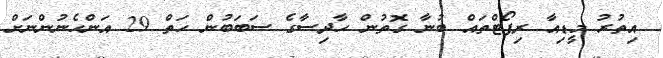
އިތުރު މީޑިއާ ރިޕޯޓްތައް ބުނާ ގޮތުން ހާދިސާގެ ސަބަބުން ހަތް 29 އަންހެނުންނަށް